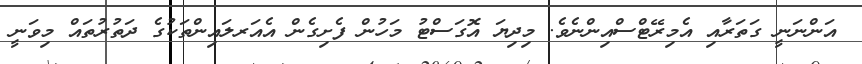
އަންނަނީ ގަތަރާއި އެމިރޭޓްސްއިންނެވެ. މިދިޔަ އޮގަސްޓު މަހުން ފެށިގެން އެއަރލައިންތަކުގެ ދަތުރުތައް މިވަނީ